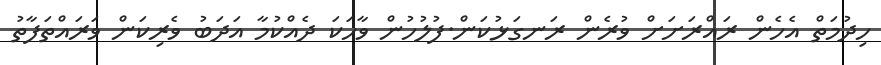
ހިދުމަތް އެހެން ރައްރަށަށް ވުރެން ރަނގަޅުކަން.ފުލުހުން ވާހަކަ ދެއްކުމާ އަދަބު ވެރިކަން ވަރައްތަފާތު